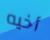
أخيه